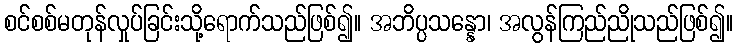
စင်စစ်မတုန်လှုပ်ခြင်းသို့ရောက်သည်ဖြစ်၍။ အဘိပ္ပသန္နော၊ အလွန်ကြည်ညိုသည်ဖြစ်၍။